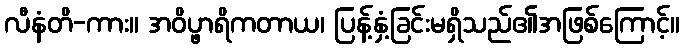
လီနံတိ-ကား။ အဝိပ္ဖာရိကတာယ၊ ပြန့်နှံ့ခြင်းမရှိသည်၏အဖြစ်ကြောင့်။